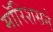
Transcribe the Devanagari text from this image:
मॉरिशसने